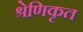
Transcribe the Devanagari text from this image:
श्रेणिकृत